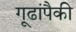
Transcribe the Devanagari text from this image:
गूढांपैकी